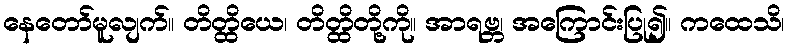
နေတော်မူလျက်။ တိတ္ထိယေ၊ တိတ္ထိတို့ကို။ အာရဗ္ဘ၊ အကြောင်းပြု၍။ ကထေသိ၊